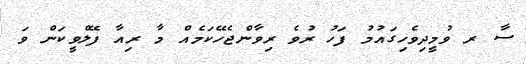
ސާ ރ ވުމީދިވެހިގައުމު ފަހު ރުވެ ރިވާންޖެހޭކަމެއް މާ ރިއާ ފޭލްވީކަން ވަ